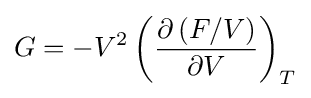
G=-V^{2}\left({\frac {\partial \left(F/V\right)}{\partial V}}\right)_{T}